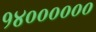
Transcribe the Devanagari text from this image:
१४००००००